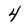
Character: 4